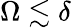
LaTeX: \Omega\lesssim\delta